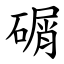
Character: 碿